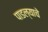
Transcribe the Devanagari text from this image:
पाडल्याचे